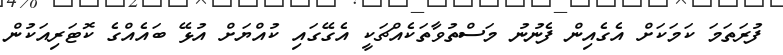
ފުރަތަމަ ކަމަކަށް އެގެއިން ފެނުނު މަސްތުވާތަކެއްޗަކީ އެގޭގައި ކުއްޔަށް އުޅޭ ބައެއްގެ ކޮޓަރިއަކުން